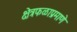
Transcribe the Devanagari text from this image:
क्षेत्रफळाप्रमाणे